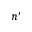
n ^ { \prime }